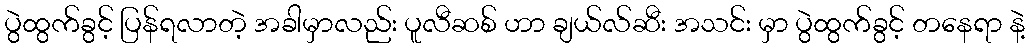
ပွဲထွက်ခွင့် ပြန်ရလာတဲ့ အခါမှာလည်း ပူလီဆစ် ဟာ ချယ်လ်ဆီး အသင်း မှာ ပွဲထွက်ခွင့် တနေရာ နဲ့